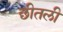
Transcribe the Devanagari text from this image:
छीतली